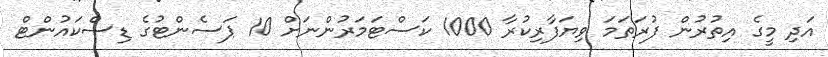
އަދި މީގެ އިތުރުން ފުރަތަމަ ވިޔަފާރިކުރާ 1000 ކަސްޓަމަރުންނަށް 10 ޕަސެންޓުގެ ޑިސްކައުންޓް